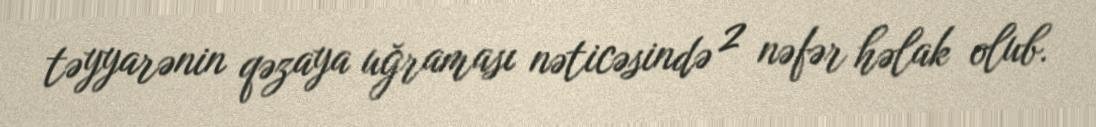
təyyarənin qəzaya uğraması nəticəsində 2 nəfər həlak olub.